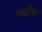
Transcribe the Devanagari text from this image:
पत्नीक